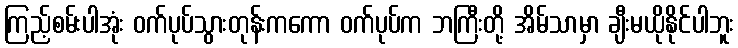
ကြည့်စမ်းပါအုံး ဝက်ပုပ်သွားတုန်းကကော ဝက်ပုပ်က ဘကြီးတို့ အိမ်သာမှာ ချီးမယိုနိုင်ပါဘူး